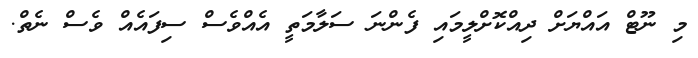
މި ނޫޓް އައްޔަށް ދިއްކޮށްލީމައި ފެންނަ ސަލާމަތީ އެއްވެސް ސިފައެއް ވެސް ނެތް.